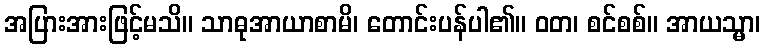
အပြားအားဖြင့်မသိ။ သာဓုအာယာစာမိ၊ တောင်းပန်ပါ၏။ ဝတ၊ စင်စစ်။ အာယသ္မာ၊